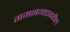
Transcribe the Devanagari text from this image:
गगनगडावरील